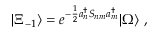
| \Xi _ { - 1 } \rangle = e ^ { - \frac { 1 } { 2 } a _ { n } ^ { \dagger } S _ { n m } a _ { m } ^ { \dagger } } | \Omega \rangle \, \, ,